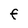
Character: F